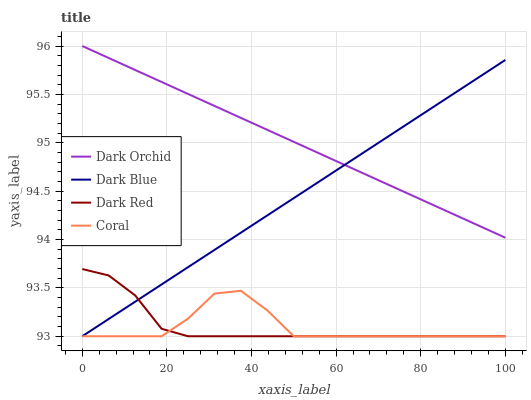
| xaxis_label | Dark Orchid | Dark Blue | Dark Red | Coral |
 | --- | --- | --- | --- | --- |
 | 0 | 96 | 93 | 93.7 | 93 |
 | 6.25 | 95.9 | 93.2 | 93.6 | 93 |
 | 12.5 | 95.8 | 93.4 | 93.4 | 93 |
 | 18.8 | 95.6 | 93.5 | 93.1 | 93 |
 | 25 | 95.5 | 93.7 | 93 | 93.2 |
 | 31.2 | 95.4 | 93.9 | 93 | 93.4 |
 | 37.5 | 95.3 | 94.1 | 93 | 93.5 |
 | 43.8 | 95.1 | 94.2 | 93 | 93.3 |
 | 50 | 95 | 94.4 | 93 | 93 |
 | 56.2 | 94.9 | 94.6 | 93 | 93 |
 | 62.5 | 94.8 | 94.8 | 93 | 93 |
 | 68.8 | 94.6 | 95 | 93 | 93 |
 | 75 | 94.5 | 95.1 | 93 | 93 |
 | 81.2 | 94.4 | 95.3 | 93 | 93 |
 | 87.5 | 94.3 | 95.5 | 93 | 93 |
 | 93.8 | 94.1 | 95.7 | 93 | 93 |
 | 100 | 94 | 95.9 | 93 | 93 |